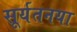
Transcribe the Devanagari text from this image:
सूर्यतनया